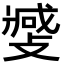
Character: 𫿎